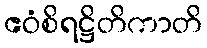
ဧဝံစိရဋ္ဌိတိကာတိ